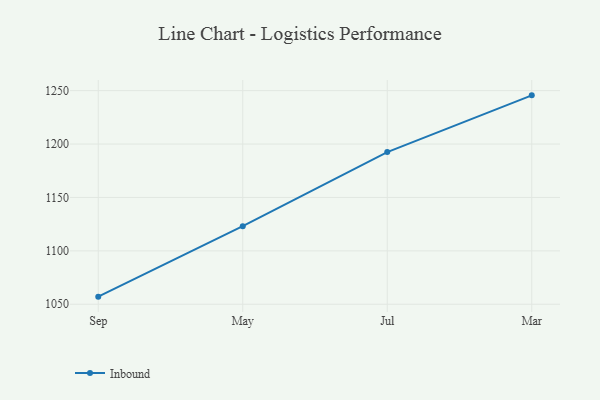
{"axis": {"x": "Month", "y": "Customer Acquisition Cost (USD)"}, "legend": ["Inbound"], "data": [{"x": "Sep", "y": 1057.1, "type": "Inbound"}, {"x": "May", "y": 1123.1, "type": "Inbound"}, {"x": "Jul", "y": 1192.5, "type": "Inbound"}, {"x": "Mar", "y": 1245.6, "type": "Inbound"}]}